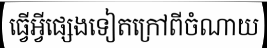
ធ្វើអ្វីផ្សេងទៀតក្រៅពីចំណាយ